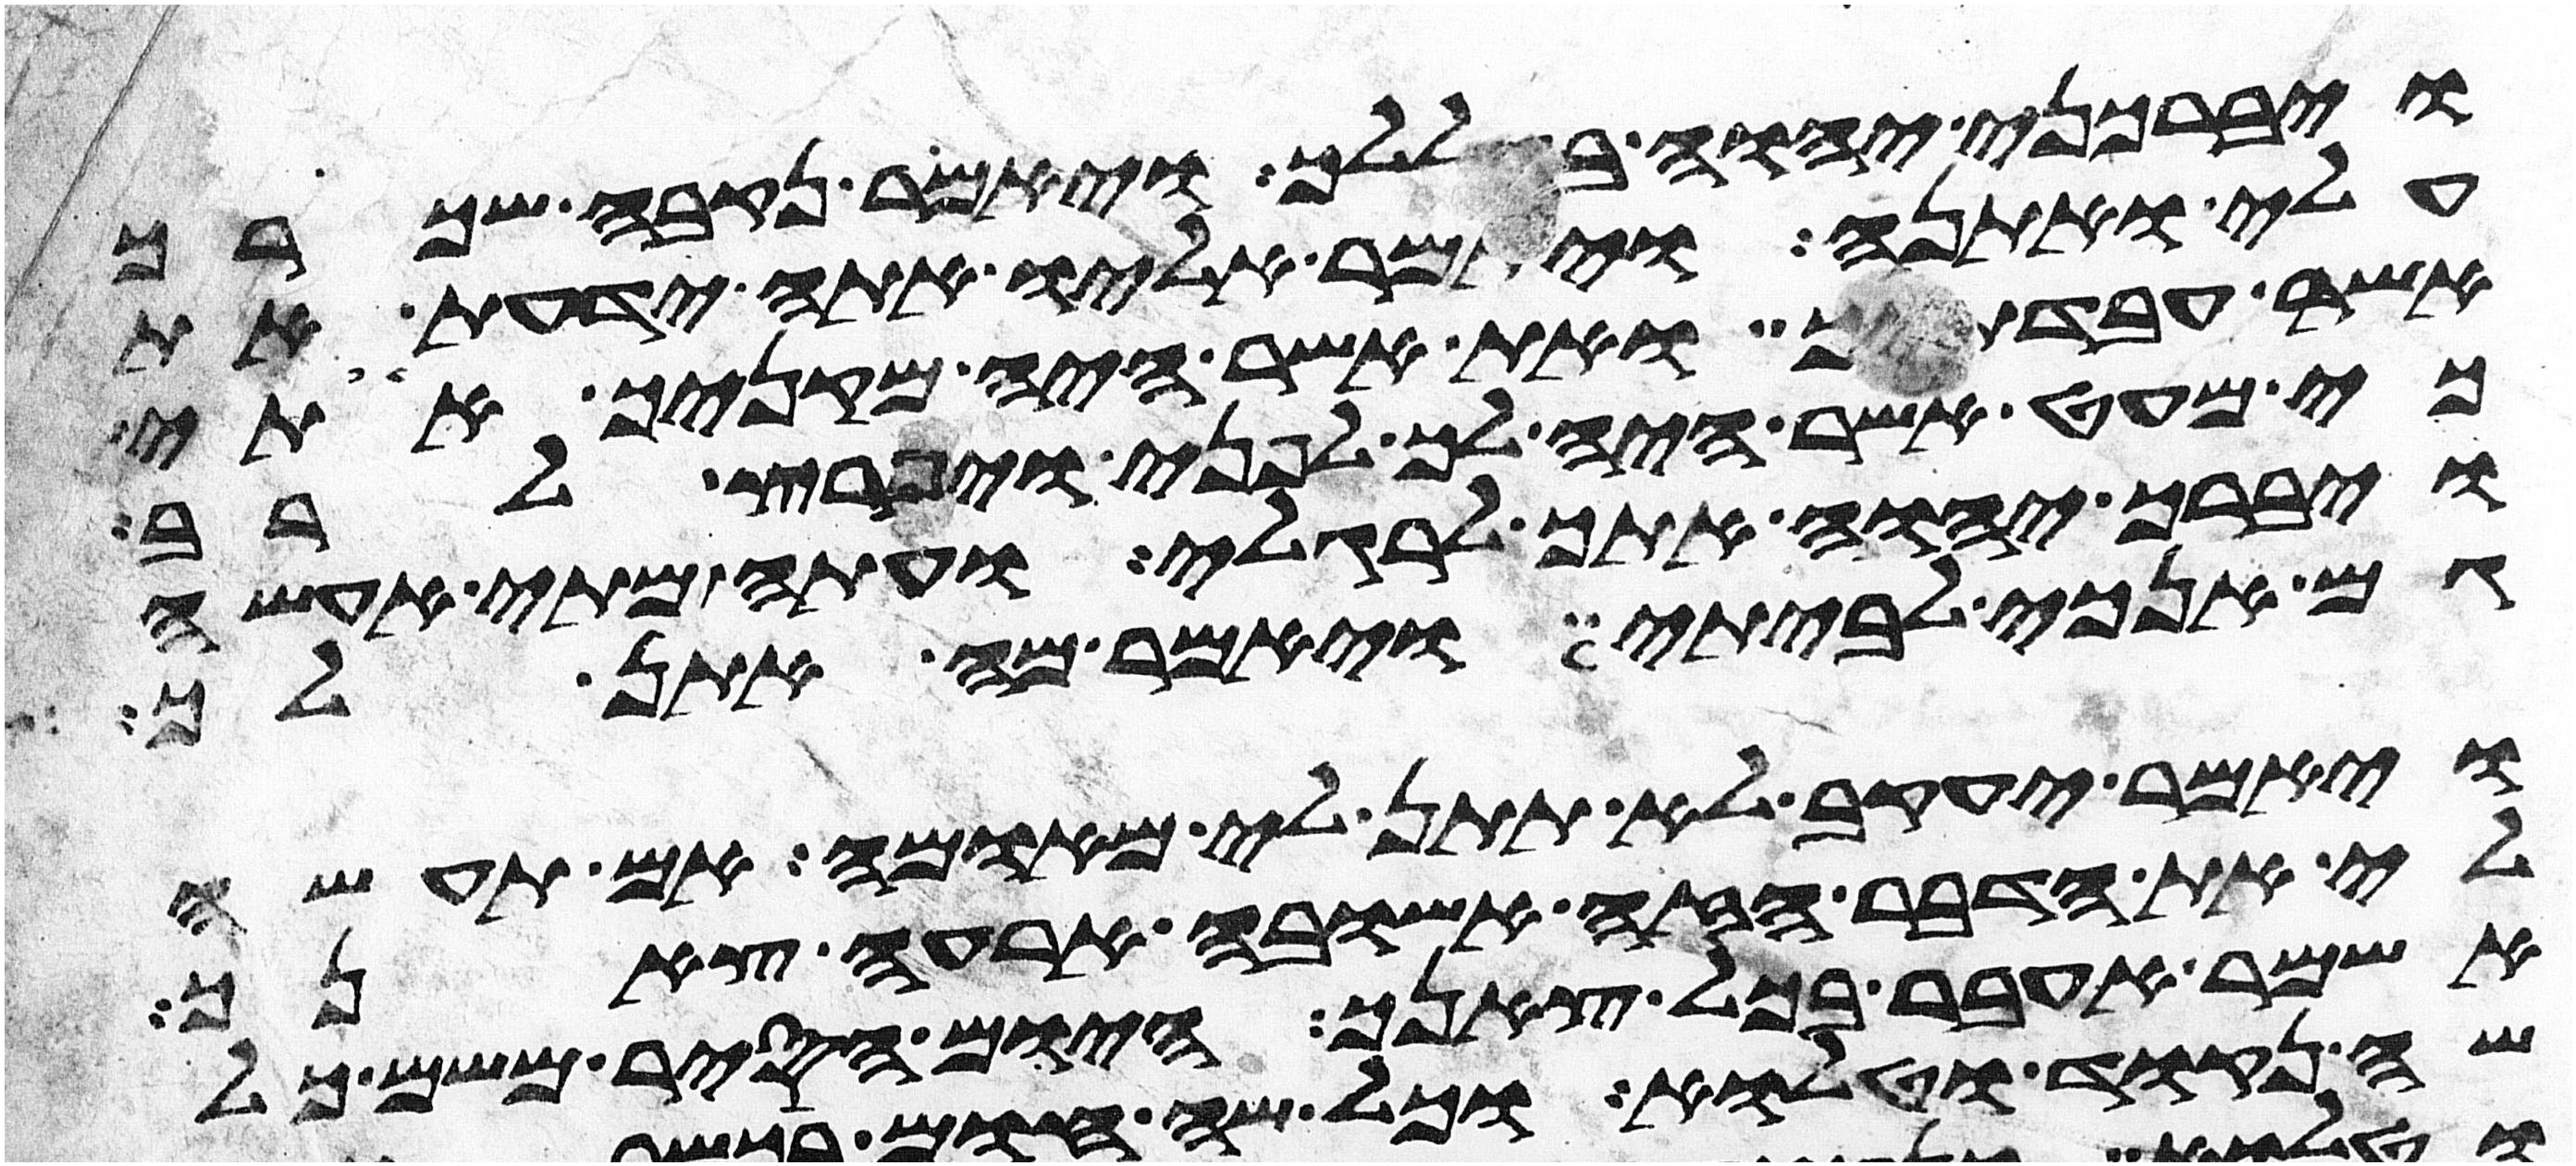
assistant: ויברכני יהוה בגללך ויאמר נקבה שכרך
עלי ואתנה ויאמר אליו אתה ידעת את
אשר עבדתיך ואת אשר היה מקניך אתי
כי מעט אשר היה לך לפני ויפרץ לרב
ויברך יהוה אתך לרגלי ועתה מתי אעשה
גם אנכי לביתי ויאמר מה אתן לך
ויאמר יעקב לא תתן לי מאומה אם תעשה
לי את הדבר הזה אשובה ארעה צאנך
אשמר אעבר בכל צאנך היום הסיר משם כל